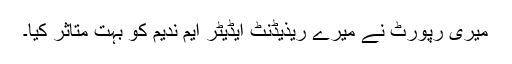
میری رپورٹ نے میرے ریذیڈنٹ ایڈیٹر ایم ندیم کو بہت متاثر کیا۔